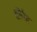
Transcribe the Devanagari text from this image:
शीर्षकः